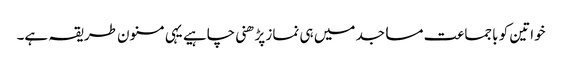
خواتین کو باجماعت مساجد میں ہی نماز پڑھنی چاہیے یہی مسنون طریقہ ہے۔